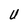
Character: U